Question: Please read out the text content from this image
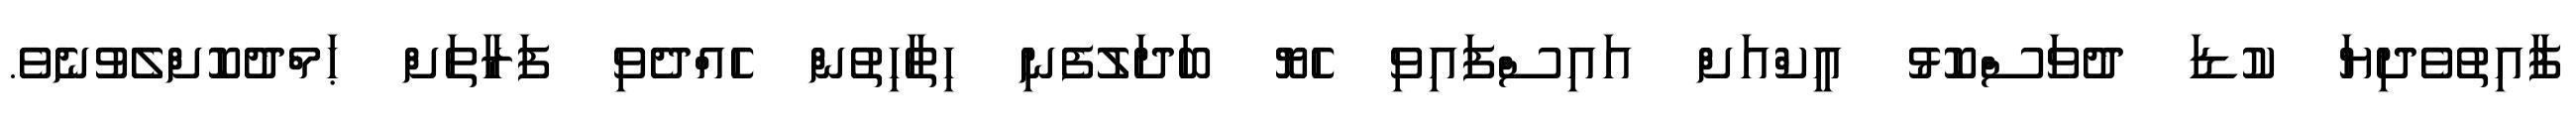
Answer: ފާއިތުވެދިޔަ ކުޑަ ދުވަސްކޮޅު އީކްއަށް އައިސްފައިވި ހެޔޮ ބަދަލުފެނި ހިތާހިތުން ހެއްދެވި ފަރާތަށް ޙަމްދުކޮށްލެވުނެވެ.